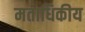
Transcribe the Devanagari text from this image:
मताधिकीय